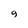
Character: 9